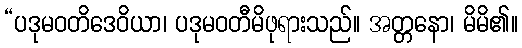
“ပဒုမဝတိဒေဝိယာ၊ ပဒုမဝတီမိဖုရားသည်။ အတ္တနော၊ မိမိ၏။